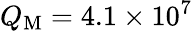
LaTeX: Q_{\mathrm{M}}=4.1\times 10^{7}